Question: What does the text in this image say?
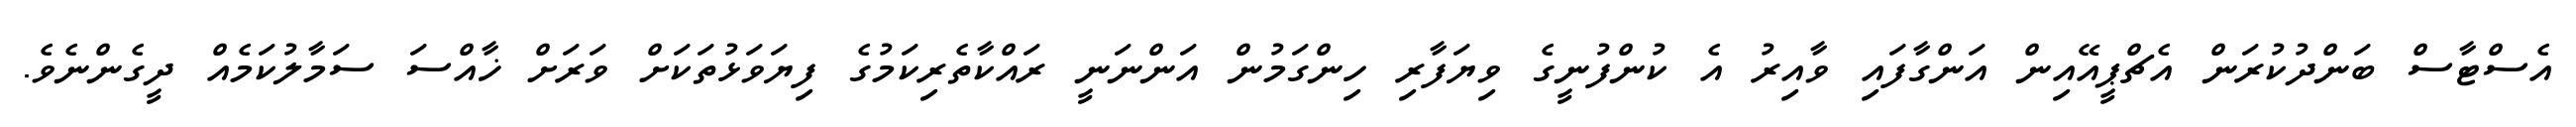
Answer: އެސްޓާސް ބަންދުކުރަން އެޗްޕީއޭއިން އަންގާފައި ވާއިރު އެ ކުންފުނީގެ ވިޔަފާރި ހިންގަމުން އަންނަނީ ރައްކާތެރިކަމުގެ ފިޔަވަޅުތަކަށް ވަރަށް ޚާއްސަ ސަމާލުކަމެއް ދީގެންނެވެ.